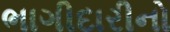
ભાગીદારીનો